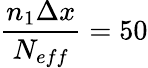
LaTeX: \frac{n_{1}\Delta x}{N_{eff}}=50